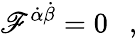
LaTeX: \mathscr{F}^{\dot{{\alpha}}\dot{{\beta}}}=0\ \ \ ,